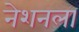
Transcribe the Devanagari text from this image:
नेशनला